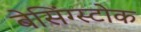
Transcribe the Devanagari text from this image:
बेसिंग्स्टोक